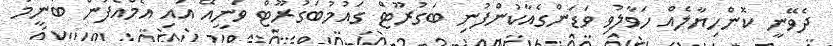
ދެވޭނީ ކޮންހިޔާލެއް ހަވާލުވި ވަޑަންގެއާކުންފުނި ބަގުރޫޓް ގައުމުބަގުރޫޓް ވަނީއޭ އައި އެމްއެފުން ބުނީމަ